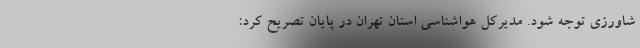
شاورزی توجه شود. مدیرکل هواشناسی استان تهران در پایان تصریح کرد: